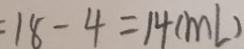
: 1 8 - 4 = 1 4 ( m L )